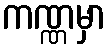
ကဏ္ဏမှာ